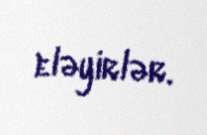
eləyirlər.